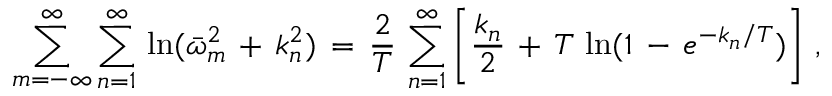
\sum _ { m = - \infty } ^ { \infty } \sum _ { n = 1 } ^ { \infty } \, \ln ( \bar { \omega } _ { m } ^ { 2 } \, + \, k _ { n } ^ { 2 } ) \, = \, \frac { 2 } { T } \, \sum _ { n = 1 } ^ { \infty } \left[ \frac { k _ { n } } { 2 } \, + \, T \, \ln ( 1 \, - \, e ^ { - k _ { n } / T } ) \right] \, { , }